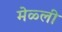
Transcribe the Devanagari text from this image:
मेळ्ली